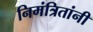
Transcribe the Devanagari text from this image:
निमंत्रितांनी